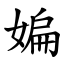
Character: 媥